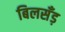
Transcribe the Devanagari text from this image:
बिलसँड़